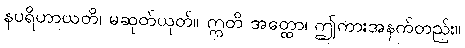
နပရိဟာယတိ၊ မဆုတ်ယုတ်။ ဣတိ အတ္ထော၊ ဤကားအနက်တည်း။